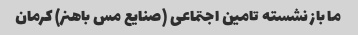
ما باز نشسته تامین اجتماعی (صنایع مس باهنر) کرمان